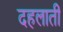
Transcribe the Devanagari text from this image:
दहलाती